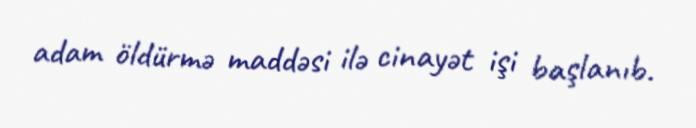
adam öldürmə maddəsi ilə cinayət işi başlanıb.